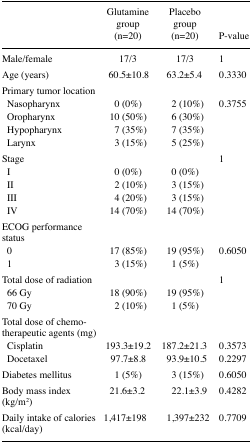
|  | Glutamine group (n=20) | Placebo group (n=20) | P-value |
 | --- | --- | --- | --- |
 | Male/female | 17/3 | 17/3 | 1 |
 | Age (years) | 60.5±10.8 | 63.2±5.4 | 0.3330 |
 | Primary tumor location |  |  |  |
 | Nasopharynx | 0 (0%) | 2 (10%) | 0.3755 |
 | Oropharynx | 10 (50%) | 6 (30%) |  |
 | Hypopharynx | 7 (35%) | 7 (35%) |  |
 | Larynx | 3 (15%) | 5 (25%) |  |
 | Stage |  |  | 1 |
 | I | 0 (0%) | 0 (0%) |  |
 | II | 2 (10%) | 3 (15%) |  |
 | III | 4 (20%) | 3 (15%) |  |
 | IV | 14 (70%) | 14 (70%) |  |
 | ECOG performance status |  |  |  |
 | 0 | 17 (85%) | 19 (95%) | 0.6050 |
 | 1 | 3 (15%) | 1 (5%) |  |
 | Total dose of radiation |  |  | 1 |
 | 66 Gy | 18 (90%) | 19 (95%) |  |
 | 70 Gy | 2 (10%) | 1 (5%) |  |
 | Total dose of chemotherapeutic agents (mg) |  |  |  |
 | Cisplatin | 193.3±19.2 | 187.2±21.3 | 0.3573 |
 | Docetaxel | 97.7±8.8 | 93.9±10.5 | 0.2297 |
 | Diabetes mellitus | 1 (5%) | 3 (15%) | 0.6050 |
 | Body mass index (kg/m2) | 21.6±3.2 | 22.1±3.9 | 0.4282 |
 | Daily intake of calories (kcal/day) | 1,417±198 | 1,397±232 | 0.7709 |